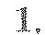
1.